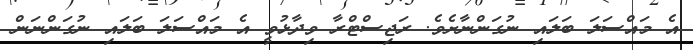
އެ މައްސަލަ ބަލައި ނުގަންނާށެވެ. ރަޖިސްޓްރާ ވިދާޅުވީ އެ މައްސަލަ ބަލައި ނުގަންނަން